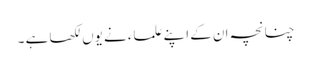
چنانچہ ان کے اپنے علماء نے یوں لکھا ہے ۔